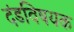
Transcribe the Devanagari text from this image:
दंडविषयक